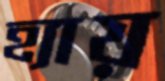
হ্যায়